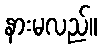
နားမလည်။